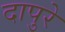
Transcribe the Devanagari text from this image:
दापुरे